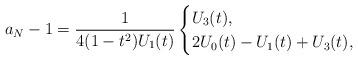
LaTeX: \begin{align*} a_N - 1 = \frac{1}{4 (1-t^2) U_1(t)} \begin{cases} U_3(t), & \\ 2U_0(t) - U_1(t) + U_3(t), & \end{cases} \end{align*}